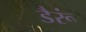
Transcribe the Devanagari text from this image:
डैरूं